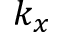
k _ { x }